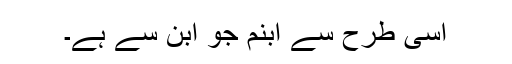
اسی طرح سے ابنم جو ابن سے ہے۔